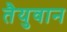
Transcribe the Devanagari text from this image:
तैयुवान